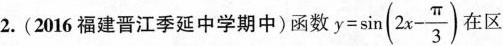
2.(2016福建晋江季延中学期中)函数 $$y= \sin(2x- \frac{\pi}{3})$$ 在区